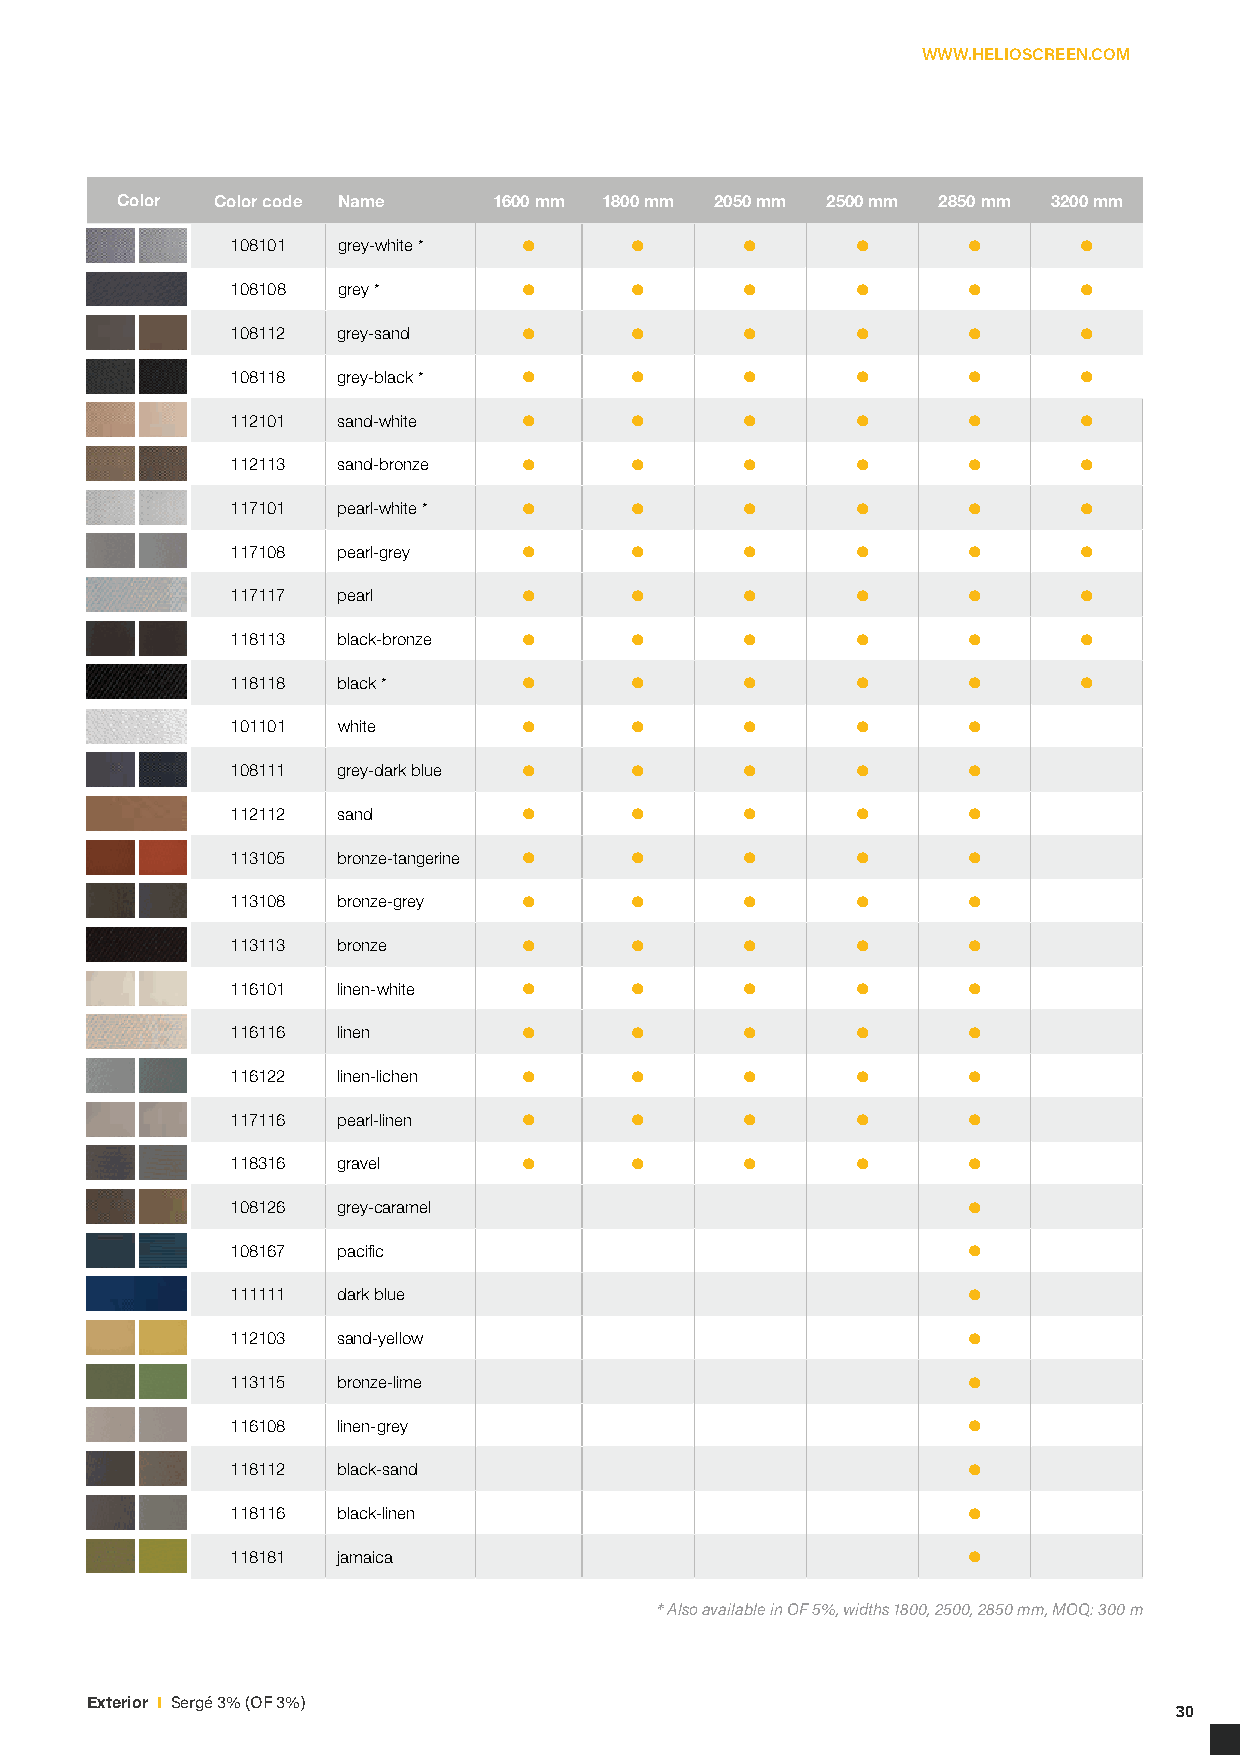
WWW.HELIOSCREEN.COM
 Color Color code Name    1600 mm 1800 mm 2050 mm 2500 mm 2850 mm 3200 mm
 •       •      •       •      •      •
 108101 grey-white *
 •       •      •       •      •      •
 108108 grey *
 •       •      •       •      •      •
 108112 grey-sand
 •       •      •       •      •      •
 108118 grey-black *
 •       •      •       •      •      •
 112101 sand-white
 •       •      •       •      •      •
 112113 sand-bronze
 •       •      •       •      •      •
 117101 pearl-white *
 •       •      •       •      •      •
 117108 pearl-grey
 •       •      •       •      •      •
 117117 pearl
 •       •      •       •      •      •
 118113 black-bronze
 •       •      •       •      •      •
 118118 black *
 •       •      •       •      •
 101101 white
 •       •      •       •      •
 108111 grey-dark blue
 •       •      •       •      •
 112112 sand
 •       •      •       •      •
 113105 bronze-tangerine
 •       •      •       •      •
 113108 bronze-grey
 •       •      •       •      •
 113113 bronze
 •       •      •       •      •
 116101 linen-white
 •       •      •       •      •
 116116 linen
 •       •      •       •      •
 116122 linen-lichen
 •       •      •       •      •
 117116 pearl-linen
 •       •      •       •      •
 118316 gravel
 •
 108126 grey-caramel
 •
 108167 pacific
 •
 111111 dark blue
 •
 112103 sand-yellow
 •
 113115 bronze-lime
 •
 116108 linen-grey
 •
 118112 black-sand
 •
 118116 black-linen
 •
 118181 jamaica
 * Also available in OF 5%, widths 1800, 2500, 2850 mm, MOQ: 300 m
 Exterior I Sergé 3% (OF 3%)
 30